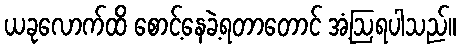
ယခုလောက်ထိ စောင့်နေခဲ့ရတာတောင် အံ့ဩရပါသည်။